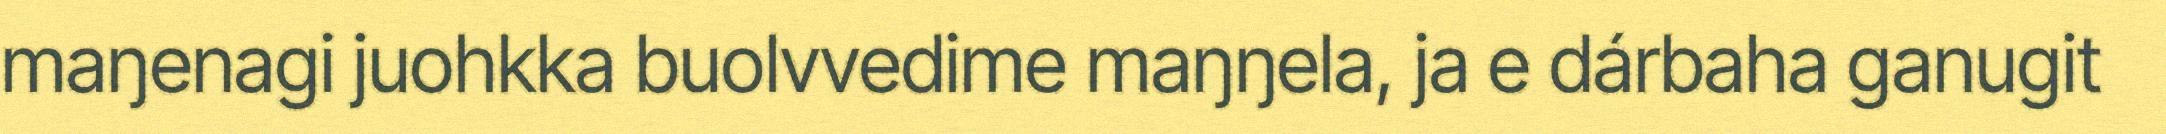
maŋenagi juohkka buolvvedime maŋŋela, ja e dárbaha ganugit